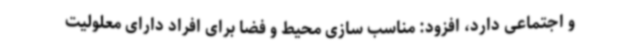
و اجتماعی دارد، افزود: مناسب سازی محیط و فضا برای افراد دارای معلولیت